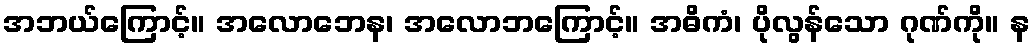
အဘယ်ကြောင့်။ အလောဘေန၊ အလောဘကြောင့်။ အဓိကံ၊ ပိုလွန်သော ဂုဏ်ကို။ န